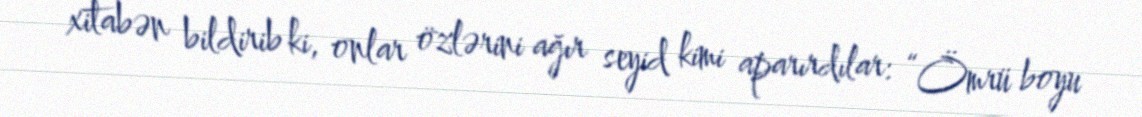
xitabən bildirib ki, onlar özlərini ağır seyid kimi aparırdılar: “Ömrü boyu